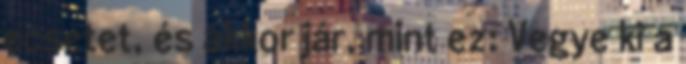
ecsetet, és akkor jár, mint ez: Vegye ki a